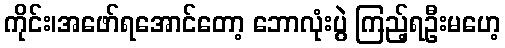
ကိုင်း၊အဖော်ရအောင်တော့ ဘောလုံးပွဲ ကြည့်ရဦးမဟေ့